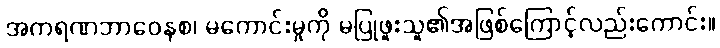
အကရဏဘာဝေနစ၊ မကောင်းမှုကို မပြုဖူးသူ၏အဖြစ်ကြောင့်လည်းကောင်း။